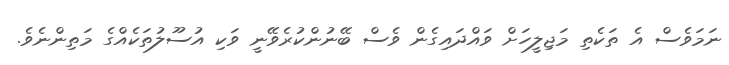
ނަމަވެސް އެ ތަކެތި މަޖިލީހަށް ވައްދައިގެން ވެސް ބޭނުންކުރެވޭނީ ވަކި އުސޫލުތަކެއްގެ މަތިންނެވެ.